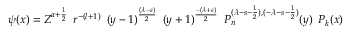
\psi ( x ) = Z ^ { a + \frac { 1 } { 2 } } \, \, \, r ^ { - ( l + 1 ) } \, \, \, ( y - 1 ) ^ { \frac { ( \lambda - s ) } { 2 } } \, \, \, ( y + 1 ) ^ { \frac { - ( \lambda + s ) } { 2 } } \, \, \, P _ { n } ^ { ( \lambda - s - \frac { 1 } { 2 } ) , ( - \lambda - s - \frac { 1 } { 2 } ) } ( y ) \, \, \, P _ { k } ( x )